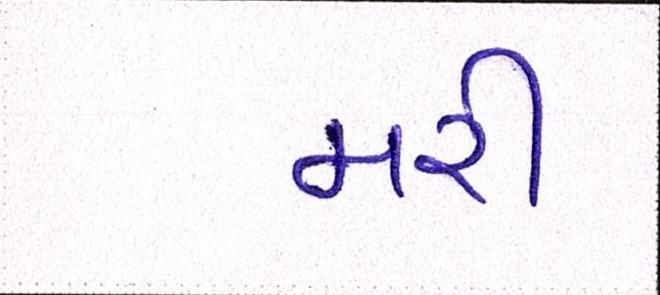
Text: મરી